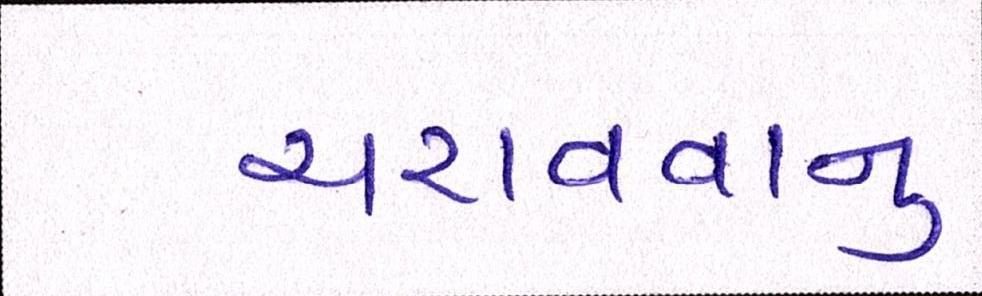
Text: ચરાવવાનુ